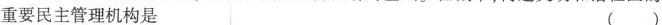
重要民主管理机构是 ( )